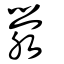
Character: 澩